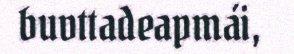
buvttadeapmái,